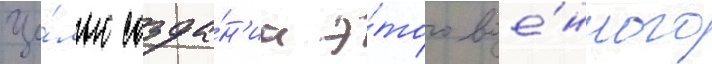
Це́лью созда́н'иа э́того вое́нного